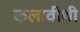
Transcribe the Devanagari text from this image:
कलावीथी